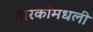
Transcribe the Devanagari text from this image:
तारकांमधली